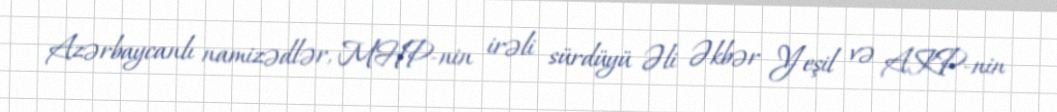
Azərbaycanlı namizədlər, MHP-nin irəli sürdüyü Əli Əkbər Yeşil və AKP-nin